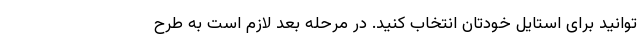
‌توانید برای استایل خودتان انتخاب کنید. در مرحله بعد لازم است به طرح